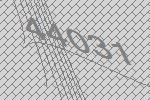
44031